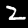
Label: 2